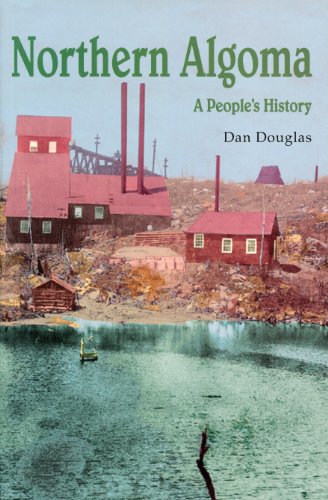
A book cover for Northern Algoma: A People's History; Daniel G.V. Douglas; Crafts, Hobbies & Home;